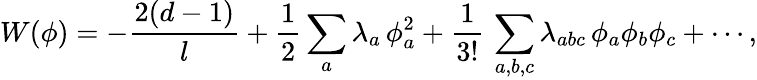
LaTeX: W(\phi)=-\frac{2(d-1)}{l}+{\frac{1}{2}}\sum_{a}\lambda_{a}\, \phi_{a}^{2}+\frac{1}{3!}\, \sum_{a,b,c}\lambda_{abc}\, \phi_{a}\phi_{b}\phi_{c}+\cdots,